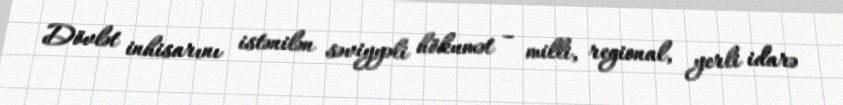
Dövlət inhisarını istənilən səviyyəli hökumət – milli, regional, yerli idarə